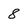
Character: 8